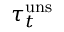
\tau _ { t } ^ { \mathrm { u n s } }